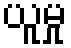
ယူမှု